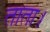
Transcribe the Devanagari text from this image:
ताता।